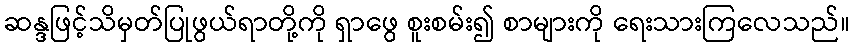
ဆန္ဒဖြင့်သိမှတ်ပြုဖွယ်ရာတို့ကို ရှာဖွေ စူးစမ်း၍ စာများကို ရေးသားကြလေသည်။